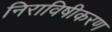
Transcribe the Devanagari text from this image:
निराविषीकरण